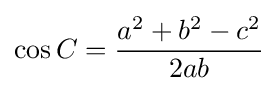
\cos C={\frac {a^{2}+b^{2}-c^{2}}{2ab}}